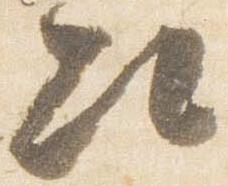
次